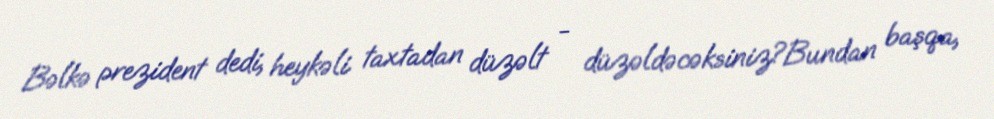
Bəlkə prezident dedi, heykəli taxtadan düzəlt - düzəldəcəksiniz?Bundan başqa,